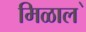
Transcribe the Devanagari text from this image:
मिळाल॓